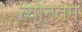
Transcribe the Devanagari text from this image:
न्योनतम